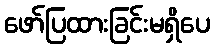
ဖော်ပြထားခြင်းမရှိပေ